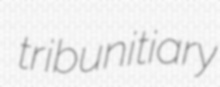
tribunitiary